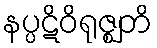
နပ္ပဋိဝိရုဇ္ဈတိ